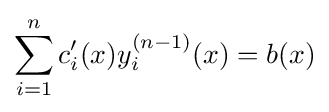
\sum _{i=1}^{n}c_{i}'(x)y_{i}^{(n-1)}(x)=b(x)